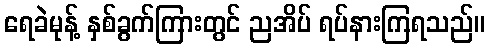
ရေခဲမုန့် နှစ်ခွက်ကြားတွင် ညအိပ် ရပ်နားကြရသည်။